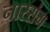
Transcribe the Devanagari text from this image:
नारसंग